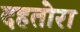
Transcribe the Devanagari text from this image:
दहतोरा